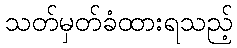
သတ်မှတ်ခံထားရသည့်